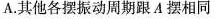
A.其他各摆振动周期跟A摆相同